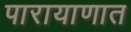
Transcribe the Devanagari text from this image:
पारायाणात